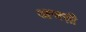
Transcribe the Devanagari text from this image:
आजज़ी